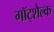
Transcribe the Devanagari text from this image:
गॉट्शैल्क